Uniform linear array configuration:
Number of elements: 4
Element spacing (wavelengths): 1
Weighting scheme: hamming
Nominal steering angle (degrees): -15
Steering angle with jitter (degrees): -16.09
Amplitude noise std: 0.05
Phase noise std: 0.05

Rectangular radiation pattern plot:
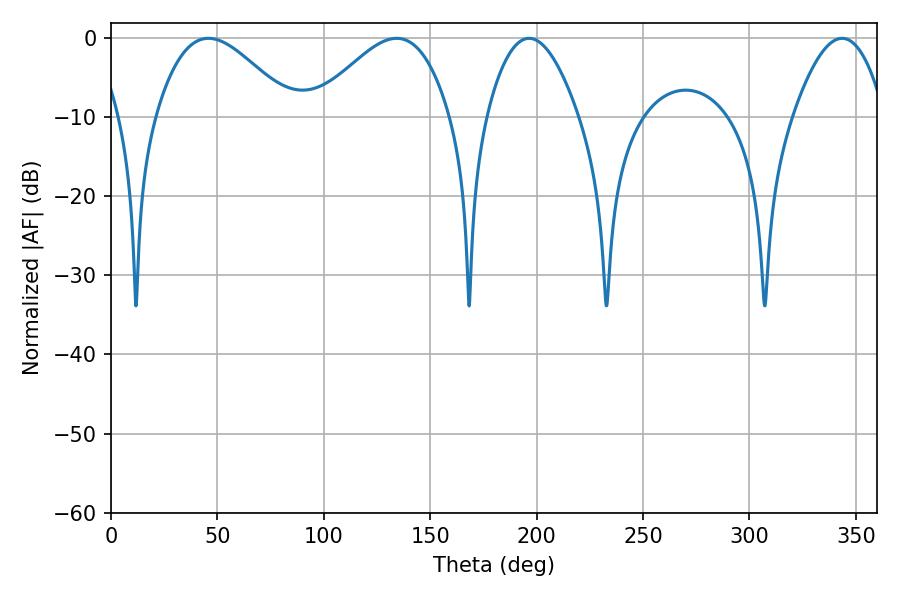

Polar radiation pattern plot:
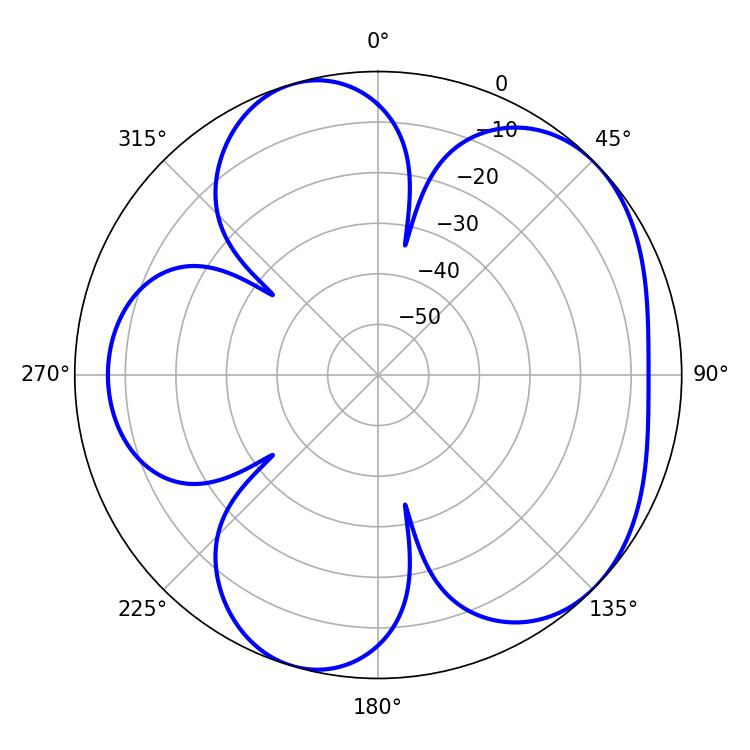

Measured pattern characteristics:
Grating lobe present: TRUE
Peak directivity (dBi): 5.168
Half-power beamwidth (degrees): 34.56
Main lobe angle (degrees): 45.72